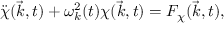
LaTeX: \ddot { \chi } ( \vec { k } , t ) + { \omega } _ { k } ^ { 2 } ( t ) { \chi } ( \vec { k } , t ) = F _ { \chi } ( \vec { k } , t ) ,